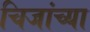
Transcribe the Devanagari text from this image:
चिजांच्या